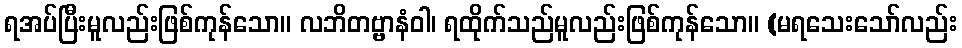
ရအပ်ပြီးမူလည်းဖြစ်ကုန်သော။ လဘိတဗ္ဗာနံဝါ၊ ရထိုက်သည်မူလည်းဖြစ်ကုန်သော။ (မရသေးသော်လည်း